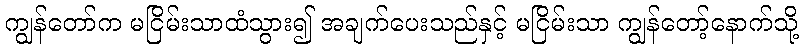
ကျွန်တော်က မငြိမ်းသာထံသွား၍ အချက်ပေးသည်နှင့် မငြိမ်းသာ ကျွန်တော့်နောက်သို့